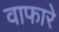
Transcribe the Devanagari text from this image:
वाफारे